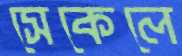
সেকেলে